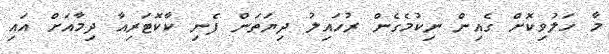
މާ ހަލުވިކޮށް ގެއިން ނިކުމެގެން ރުހައިލު ދިޔަތަން ފެނި ކާކޮޓަރިއާ ދިމާއަށް އައި